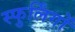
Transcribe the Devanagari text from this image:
स्फुर्लिंगों